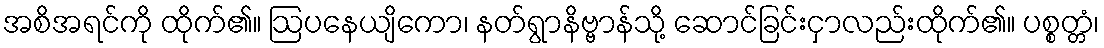
အစိအရင်ကို ထိုက်၏။ ဩပနေယျိကော၊ နတ်ရွာနိဗ္ဗာန်သို့ ဆောင်ခြင်းငှာလည်းထိုက်၏။ ပစ္စတ္တံ၊